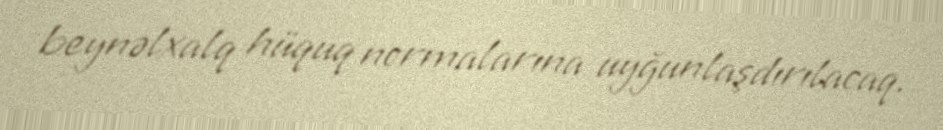
beynəlxalq hüquq normalarına uyğunlaşdırılacaq.